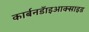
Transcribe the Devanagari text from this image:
कार्बनडॅाइआक्साइड